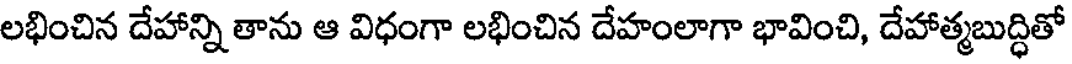
లభించిన దేహాన్ని తాను ఆ విధంగా లభించిన దేహంలాగా భావించి, దేహాత్మబుద్ధితో